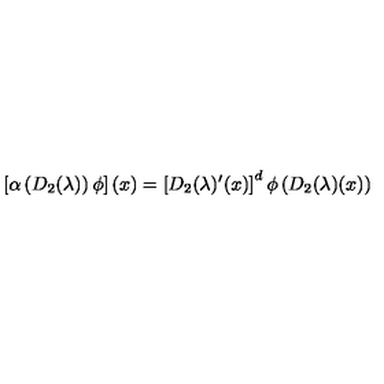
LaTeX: \left[ \alpha \left( D _ { 2 } ( \lambda ) \right) \phi \right] ( x ) = \left[ D _ { 2 } ( \lambda ) ^ { \prime } ( x ) \right] ^ { d } \phi \left( D _ { 2 } ( \lambda ) ( x ) \right)